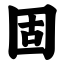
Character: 固